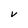
Character: d